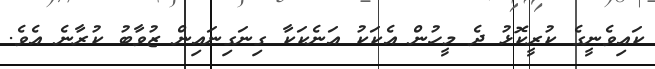
ކައިވެނީގެ ކުރީކޮޅު ދެ މީހުން އެކަކު އަނެކަކާ ގިނަގިނައިން ޒުވާބު ކުރާނެ އެވެ.